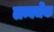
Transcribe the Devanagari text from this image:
लम्बर्जेक